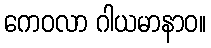
ကေဝလာ ဂါယမာနာဝ။